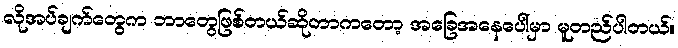
လိုအပ်ချက်တွေက ဘာတွေဖြစ်တယ်ဆိုတာကတော့ အခြေအနေပေါ်မှာ မူတည်ပါတယ်။